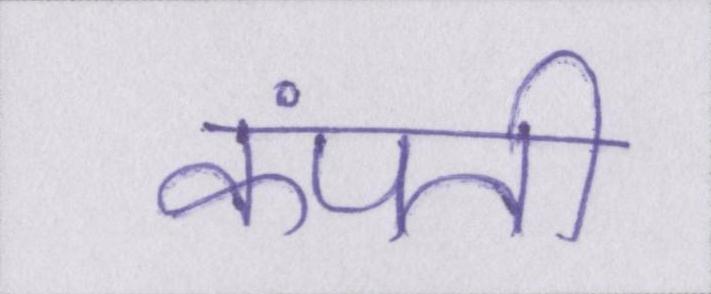
कंपती